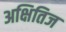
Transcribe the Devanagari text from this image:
अक्षितिज